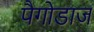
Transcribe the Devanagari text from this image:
पैगोडाज